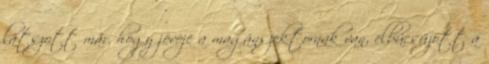
látszott már, hogy jövôje a magánszektornak van, elbúcsúzott a